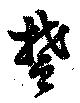
楚